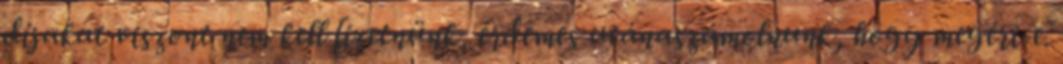
díjakat viszont nem kell fizetnünk, érdemes utánaszámolnunk, hogy megéri-e.